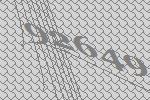
92649